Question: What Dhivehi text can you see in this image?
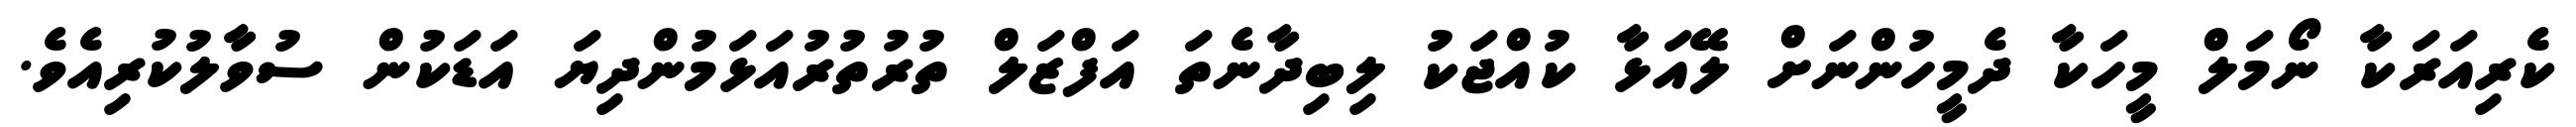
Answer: ކެރިއަރަކާ ނޯމަލް މީހަކާ ދެމީހުންނަށް ލޭއަޅާ ކުއްޖަކު ލިބިދާނެތަ އަފްޒަލް ތުރުތުރުއަޅަމުންދިޔަ އަޑަކުން ސުވާލުކުރިއެވެ.